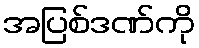
အပြစ်ဒဏ်ကို